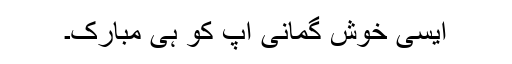
ایسی خوش گمانی آپ کو ہی مبارک۔